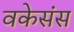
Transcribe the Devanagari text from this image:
वकेसंस